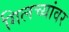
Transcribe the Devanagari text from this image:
गिलच्यांवर